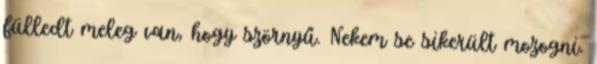
fülledt meleg van, hogy szörnyű. Nekem se sikerült mozogni.